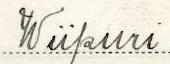
Wiipuri